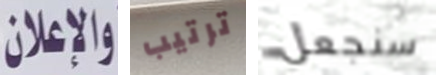
والاعلان ترتيب سنجعل